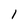
Character: 1